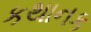
કથાનક